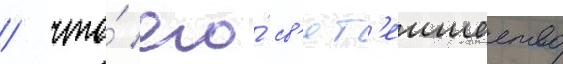
/ что́ его́ св'ят'еишество